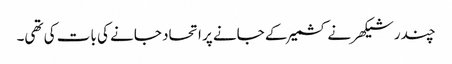
چندر شیکھر نے کشمیر کے جانے پر اتحاد جانے کی بات کی تھی۔